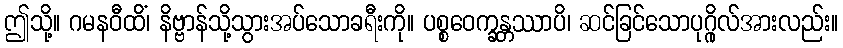
ဤသို့။ ဂမနဝီထိံ၊ နိဗ္ဗာန်သို့သွားအပ်သောခရီးကို။ ပစ္စဝေက္ခန္တဿာပိ၊ ဆင်ခြင်သောပုဂ္ဂိုလ်အားလည်း။